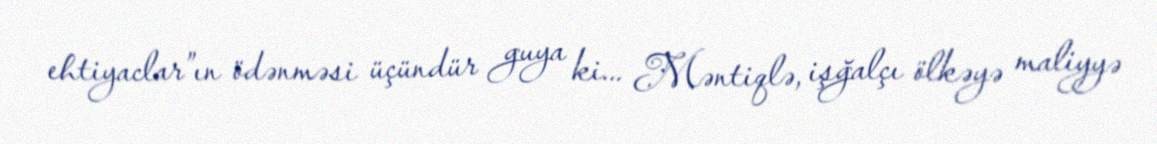
ehtiyaclar”ın ödənməsi üçündür guya ki... Məntiqlə, işğalçı ölkəyə maliyyə